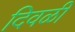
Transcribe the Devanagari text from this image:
दिवळी